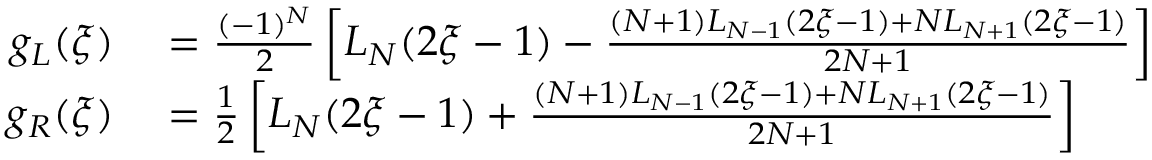
\begin{array} { r l } { g _ { L } ( \xi ) } & { { } = \frac { ( - 1 ) ^ { N } } { 2 } \left[ L _ { N } ( 2 \xi - 1 ) - \frac { ( N + 1 ) L _ { N - 1 } ( 2 \xi - 1 ) + N L _ { N + 1 } ( 2 \xi - 1 ) } { 2 N + 1 } \right] } \\ { g _ { R } ( \xi ) } & { { } = \frac { 1 } { 2 } \left[ L _ { N } ( 2 \xi - 1 ) + \frac { ( N + 1 ) L _ { N - 1 } ( 2 \xi - 1 ) + N L _ { N + 1 } ( 2 \xi - 1 ) } { 2 N + 1 } \right] } \end{array}